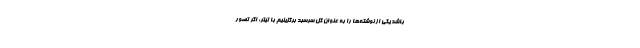
باشد یکی از نوشته‌ها را به عنوان گلِ سرسبد برگزینیم با تیتر: اگر تصور